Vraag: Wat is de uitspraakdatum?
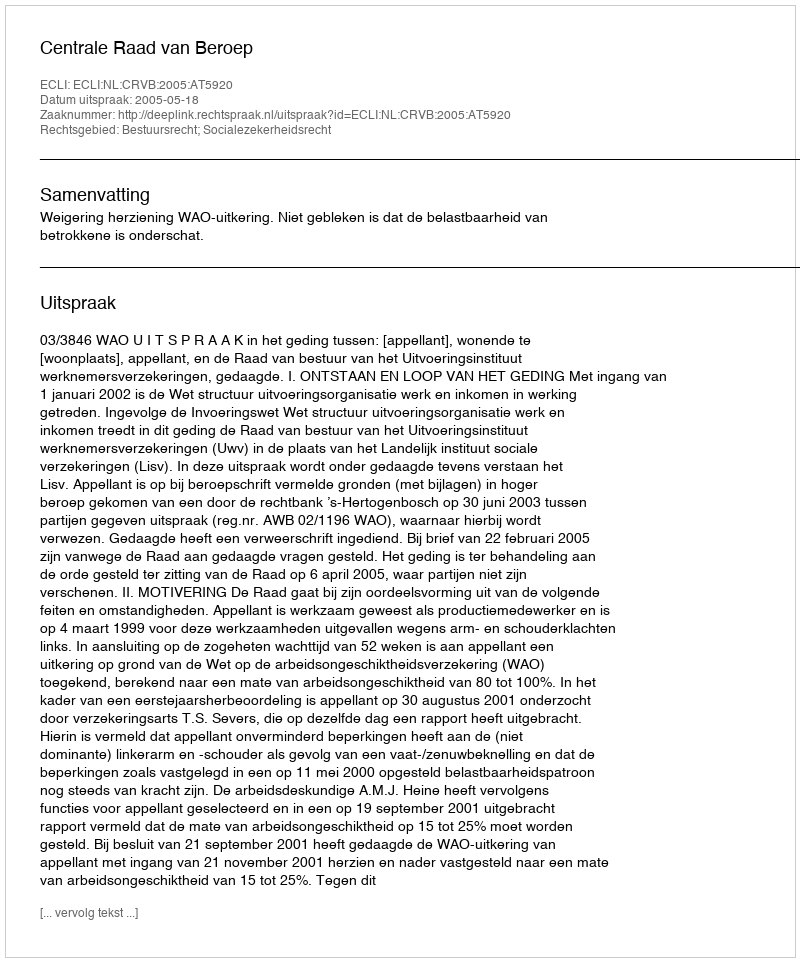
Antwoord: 2005-05-18